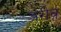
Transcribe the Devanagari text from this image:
अरीब